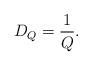
LaTeX: \begin{align*}D_Q = \frac{1}{Q}.\end{align*}